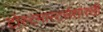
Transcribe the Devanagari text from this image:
टोस्टमास्टर्ससारखी